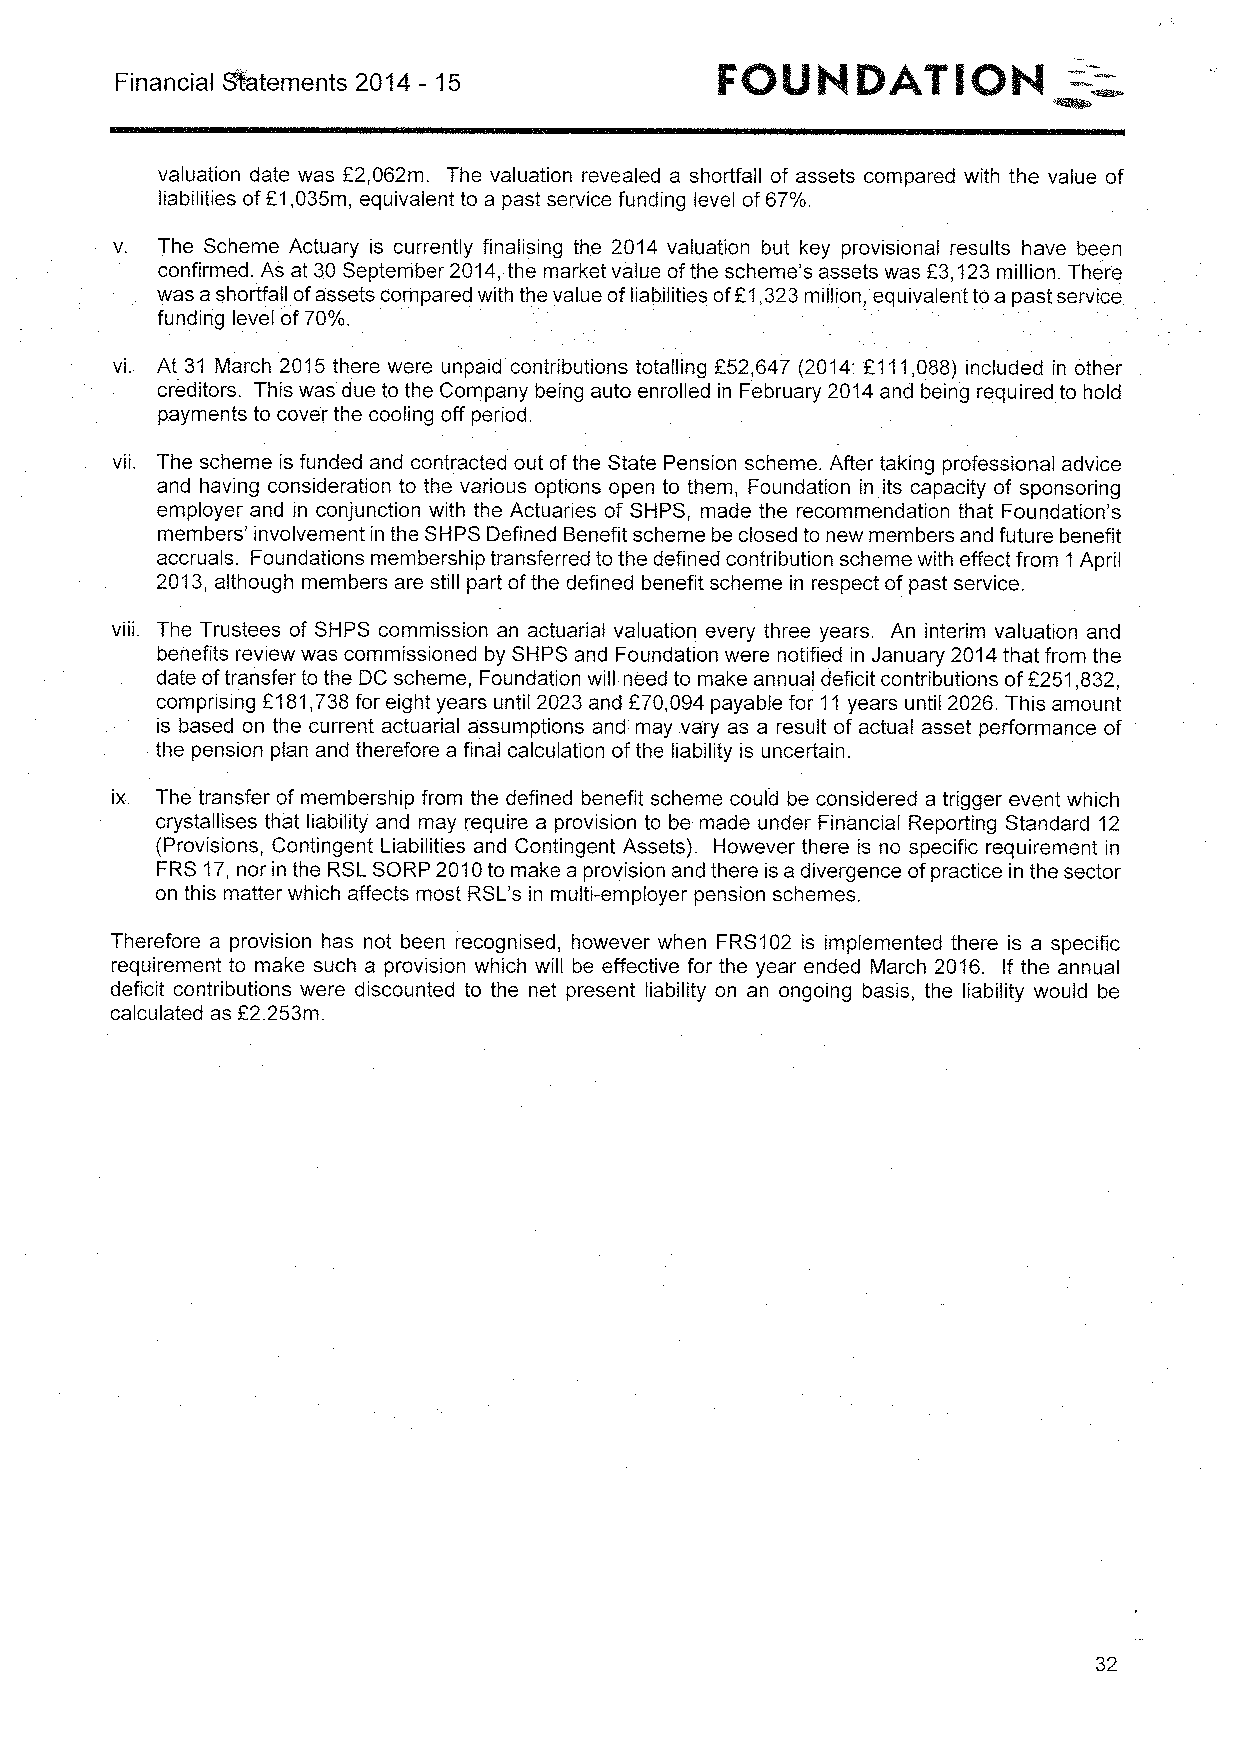
Financial 8&tements 2014 —15
 valuation date was E2,062m. The valuation revealed a shortfall of assets compared with the value of
 liabilities ofE1,035m, equivalent to a past service funding level of67%.
 v. The Scheme Actuary is currently finalising the 2014 valuation but key provisional results have been
 confirmed. As at 30September 2014,the market value ofthe scheme's assets was F3,123million. There
 was a shortfall ofassets compared with the value ofliabilities ofF1,323million, equivalent toa past service
 funding level of70%.
 vi. At 31 March 2015 there were unpaid contributions totalling F52,647 (2014:F111,088) included in other
 creditors. This was due to the Company being auto enrolled in February 2014and being required to hold
 payments to cover the cooling off period.
 vii. The scheme is funded and contracted out ofthe State Pension scheme. After taking professional advice
 and having consideration to the various options open to them, Foundation in its capacity of sponsoring
 employer and in conjunction with the Actuaries of SHPS, made the recommendation that Foundation's
 members' involvement in the SHPS Defined Benefit scheme be closed to new members and future benefit
 accruals. Foundations membership transferred to the defined contribution scheme with effect from 1April
 2013, although members are still part ofthe defined benefit scheme in respect of past service.
 viii. The Trustees of SHPS commission an actuarial valuation every three years. An interim valuation and
 benefits review was commissioned by SHPS and Foundation were notified in January 2014that from the
 date oftransfer to the DC scheme, Foundation will need to make annual deficit contributions ofF251,832,
 comprising F181,738for eight years until 2023 and F70,094 payable for 11years until 2026. This amount
 is based on the current actuarial assumptions and may vary as a result of actual asset performance of
 the pension plan and therefore a final calculation ofthe liability is uncertain.
 ix. The transfer of membership from the defined benefit scheme could be considered a trigger event which
 crystallises that liability and may require a provision to be made under Financial Reporting Standard 12
 (Provisions, Contingent Liabilities and Contingent Assets). However there is no specific requirement in
 FRS 17, nor in the RSLSORP 2010to make a provision and there is a divergence ofpractice in the sector
 on this matter which affects most RSL's in multi-employer pension schemes.
 Therefore a provision has not been recognised, however when FRS102 is implemented there is a specific
 requirement to make such a provision which will be effective for the year ended March 2016. If the annual
 deficit contributions were discounted to the net present liability on an ongoing basis, the liability would be
 calculated as E2.253m.
 32